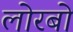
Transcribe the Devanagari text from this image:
लोरबो